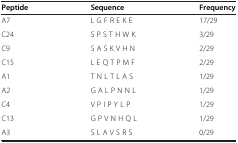
| Peptide | Sequence | Frequency |
 | --- | --- | --- |
 | A7 | L G F R E K E | 17/29 |
 | C24 | S P S T H W K | 3/29 |
 | C9 | S A S K V H N | 2/29 |
 | C15 | L E Q T P M F | 2/29 |
 | A1 | T N L T L A S | 1/29 |
 | A2 | G A L P N N L | 1/29 |
 | C4 | V P I P Y L P | 1/29 |
 | C13 | G P V N H Q L | 1/29 |
 | A3 | S L A V S R S | 0/29 |